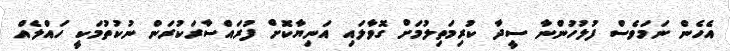
އެހެން ނަމަވެސް ފުލުހުންނާ ސީދާ ކުރިމަތިލުމަށް ގޮވާލައި އަނިޔާކޮށް ފުރައްސާރަކުރަން ނުކުތުމަކީ ހައްލެއް